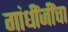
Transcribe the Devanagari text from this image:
गांधींजींचा